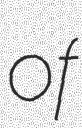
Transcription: of